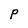
Character: P